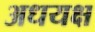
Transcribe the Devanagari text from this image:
अधयक्ष